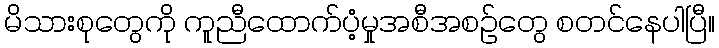
မိသားစုတွေကို ကူညီထောက်ပံ့မှုအစီအစဉ်တွေ စတင်နေပါပြီ။